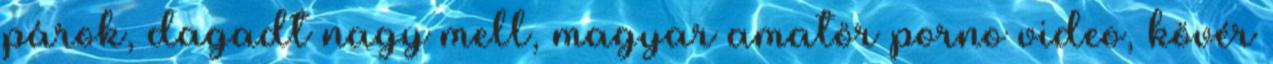
párok, dagadt nagy mell, magyar amatör porno video, kövér